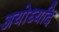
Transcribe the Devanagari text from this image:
अयोध्यदि